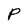
Character: P